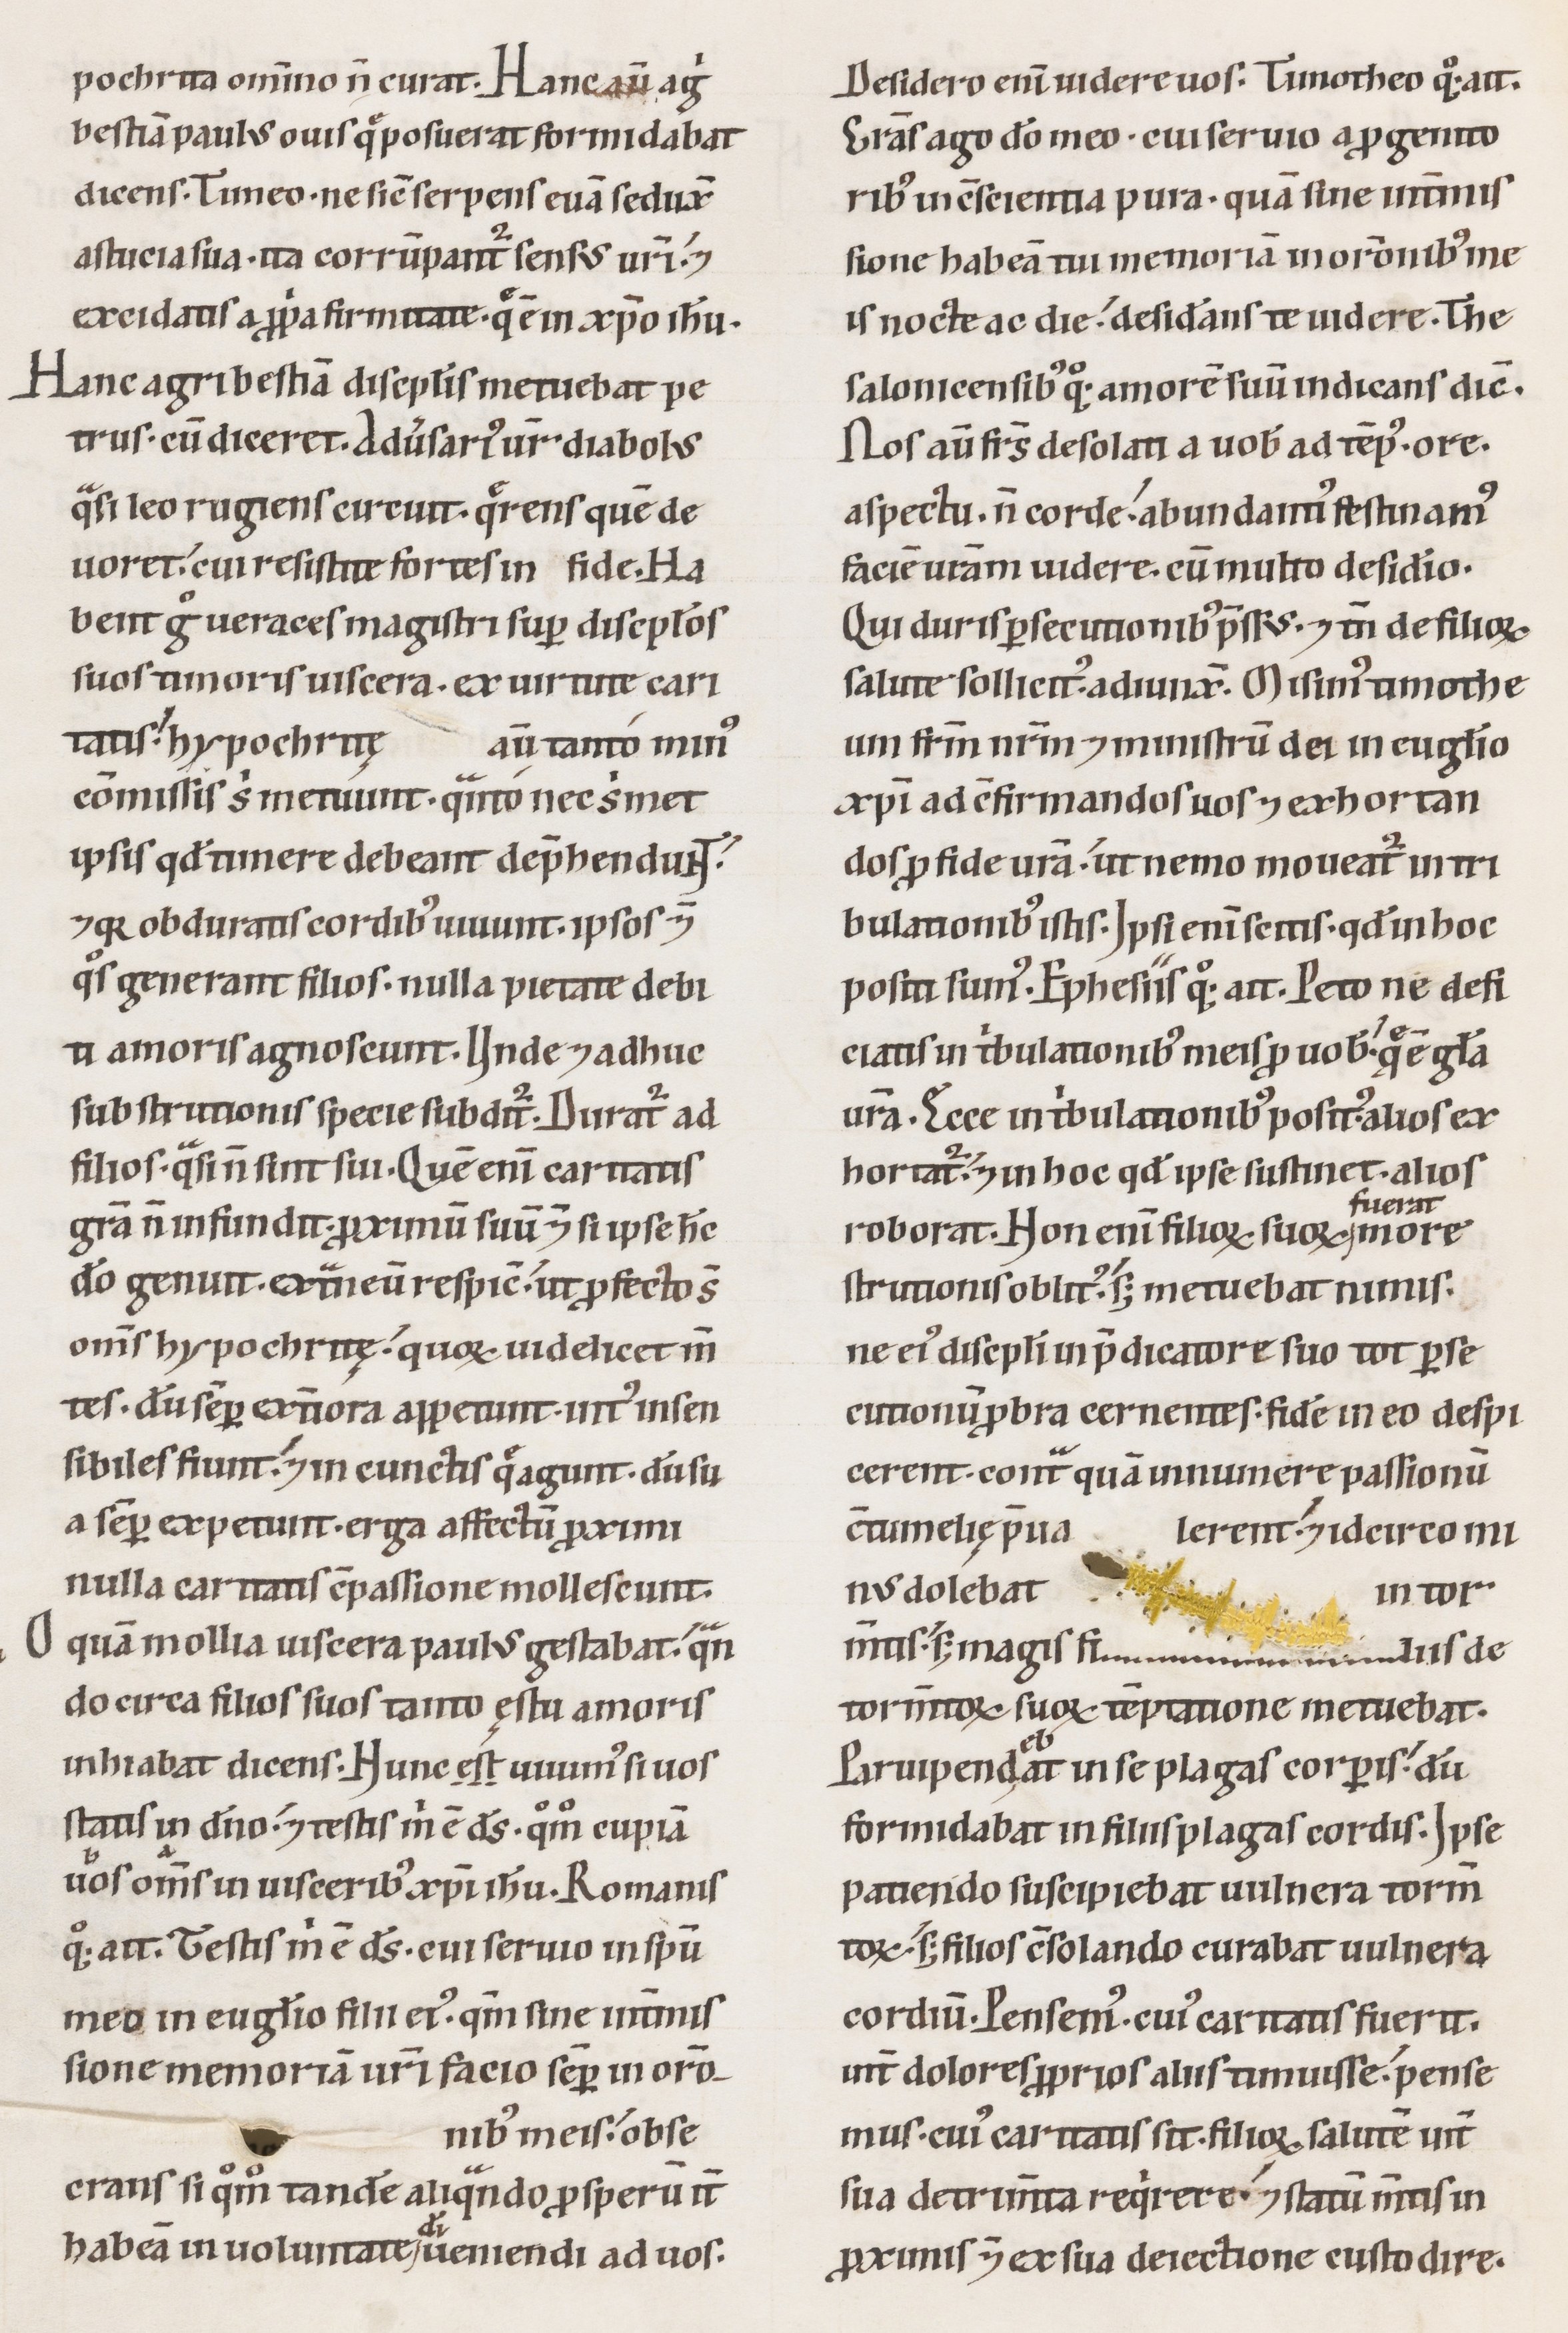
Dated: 1100–1199